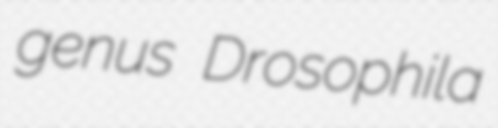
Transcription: genus Drosophila